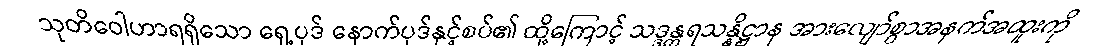
သုတိဝေါဟာရရှိသော ရှေ့ပုဒ် နောက်ပုဒ်နှင့်စပ်၏ ထို့ကြောင့် သဒ္ဒန္တရသန္နိဋ္ဌာန အားလျော်စွာအနက်အထူးကို